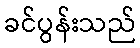
ခင်ပွန်းသည်